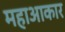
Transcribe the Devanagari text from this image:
महाआकार